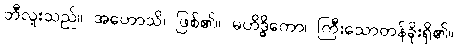
ဘီလူးသည်။ အဟောသိ၊ ဖြစ်၏။ မဟိဒ္ဓိကော၊ ကြီးသောတန်ခိုးရှိ၏။